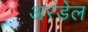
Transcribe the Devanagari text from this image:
अरंडेल